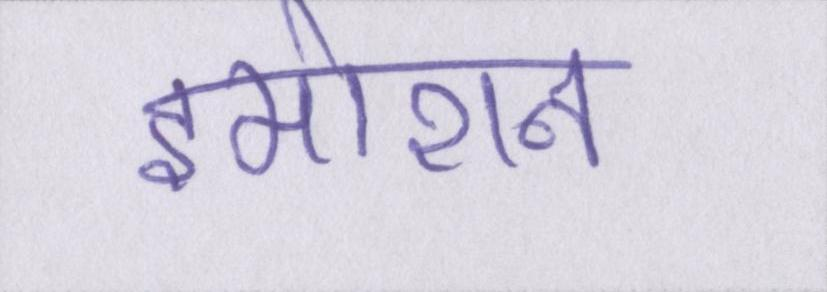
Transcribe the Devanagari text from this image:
इमोशन